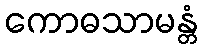
ကောဓသာမန္တံ